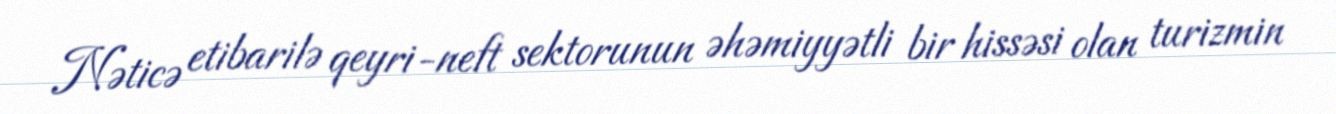
Nəticə etibarilə qeyri-neft sektorunun əhəmiyyətli bir hissəsi olan turizmin